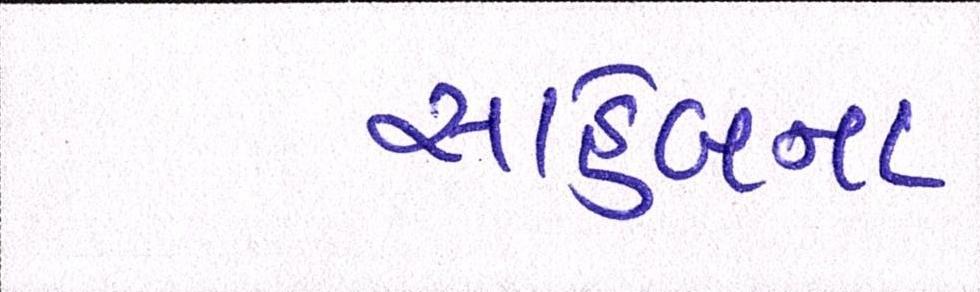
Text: સાહેબના